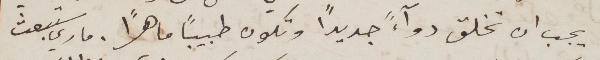
يجب ان تخلق دوآءً جديدًا وتكون طبيبًأ ماهرًا. ماري ستبعث